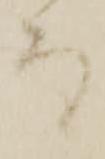
而